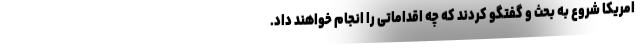
امریکا شروع به بحث و گفتگو کردند که چه اقداماتی را انجام خواهند داد.